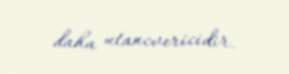
daha utancvericidir.